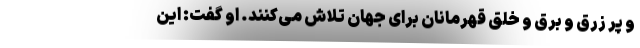
و پر زرق و برق و خلق قهرمانان برای جهان تلاش می‌کنند. او گفت: این